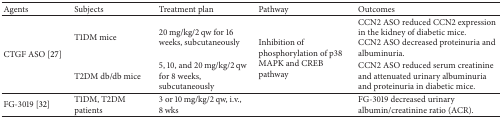
<table><thead><tr><td><b>Agents </b></td><td><b>Subjects </b></td><td><b>Treatment plan </b></td><td><b>Pathway </b></td><td><b>Outcomes </b></td></tr></thead><tbody><tr><td rowspan="2">CTGF ASO [27]</td><td>T1DM mice</td><td>20 mg/kg/2 qw for 16 weeks, subcutaneously</td><td rowspan="2">Inhibition of phosphorylation of p38 MAPK and CREB pathway</td><td>CCN2 ASO reduced CCN2 expression in the kidney of diabetic mice.CCN2 ASO decreased proteinuria and albuminuria. </td></tr><tr><td>T2DM db/db mice </td><td>5, 10, and 20 mg/kg/2 qw for 8 weeks, subcutaneously</td><td>CCN2 ASO reduced serum creatinine and attenuated urinary albuminuria and proteinuria in diabetic mice.</td></tr><tr><td>FG-3019 [32]</td><td>T1DM, T2DM patients</td><td>3 or 10 mg/kg/2 qw, i.v., 8 wks</td><td> </td><td>FG-3019 decreased urinary albumin/creatinine ratio (ACR).</td></tr></tbody></table>